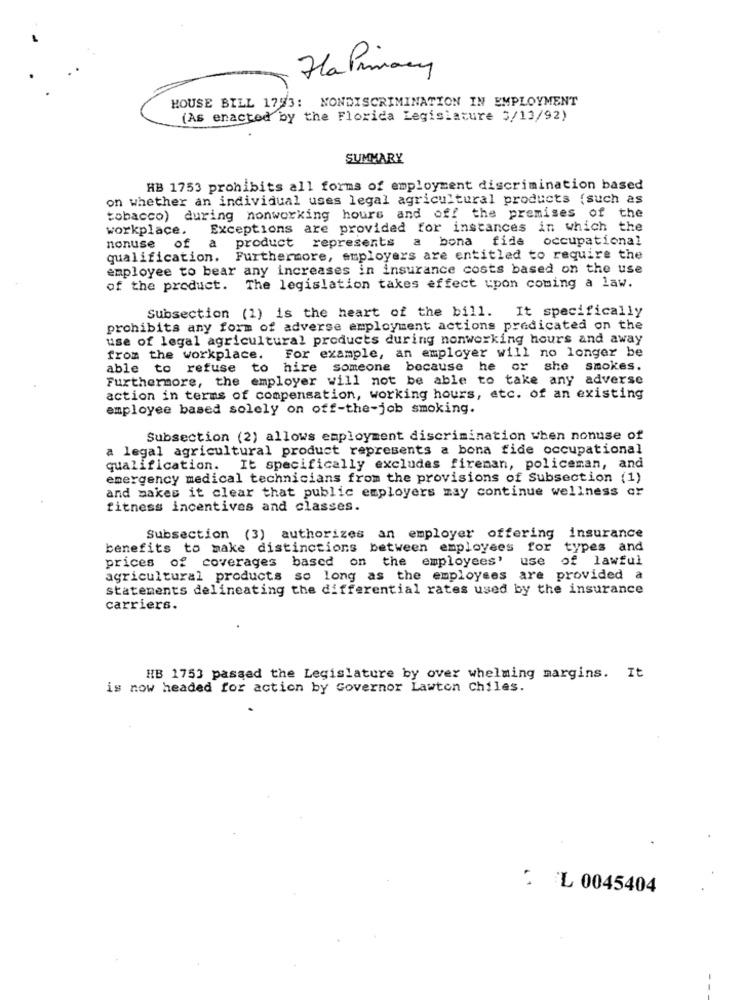
Hla Primary
HOUSE BILL 1793: NONDISCRIMINATION IN EMPLOYMENT
(As enacted by the Florida Legislature 5/13/92)
SUMMARY
HB 1753 prohibits all forms of employment discrimination based
on whether an individual uses legal agricultural products (such as
tobacco) during nonworking hours and off the premises of the
workplace.
Exceptions are provided for instances in which the
a product represents a bona fide occupational
nonuse of
qualification. Furthermore, employers are entitled to require the
employee to bear any increases in insurance costs based on the use
of the product. The legislation takes effect upon coming a law.
Subsection (1) is the heart of the bill. It specifically
prohibits any form of adverse employment actions predicated on the
use of legal agricultural products during nonworking hours and away
For example, an employer will no longer be
from the workplace.
able to refuse to hire someone because he or she smokes.
Furthermore, the employer will not be able to take any adverse
action in terms of compensation, working hours, etc. of an existing
employee based solely on off-the-job smoking.
Subsection (2) allows employment discrimination when nonuse of
a legal agricultural product represents a bona fide occupational
qualification. It specifically excludes fireman, policeman, and
emergency medical technicians from the provisions of Subsection (1)
and makes it clear that public employers may continue wellness or
fitness incentives and classes.
Subsection (3) authorizes an employer offering insurance
benefits to make distinctions between employees for types and
prices of coverages based on the employees'
use of lawful
agricultural products so long as the employees are provided a
statements delineating the differential rates used by the insurance
carriers.
HB 1753 passed the Legislature by over whelming margins. It
is now headed for action by Governor Lawton Chiles.
: L 0045404